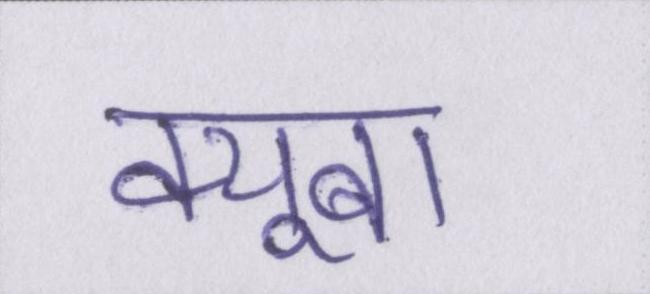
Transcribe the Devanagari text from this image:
क्यूबा